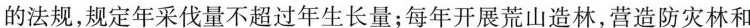
的法规，规定年采伐量不超过年生长量；每年开展荒山造林，营造防灾林和